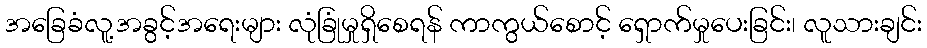
အခြေခံလူ့အခွင့်အရေးများ လုံခြုံမှုရှိစေရန် ကာကွယ်စောင့် ရှောက်မှုပေးခြင်း၊ လူသားချင်း